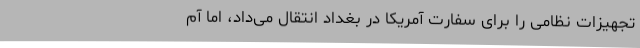
تجهیزات نظامی را برای سفارت آمریکا در بغداد انتقال می‌داد، اما آم